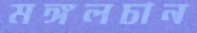
মঙ্গলচান